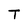
Character: T